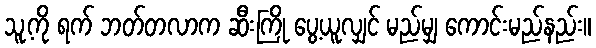
သူ့ကို ရက် ဘတ်တလာက ဆီးကြို ပွေ့ယူလျှင် မည်မျှ ကောင်းမည်နည်း။